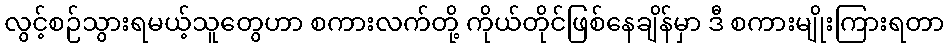
လွင့်စဉ်သွားရမယ့်သူတွေဟာ စကားလက်တို့ ကိုယ်တိုင်ဖြစ်နေချိန်မှာ ဒီ စကားမျိုးကြားရတာ